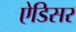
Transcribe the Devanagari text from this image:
ऐडिसर